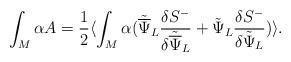
LaTeX: \begin{align*}\int_M \alpha A = {1\over2}\langle\int_M \alpha({\tilde{\overline\Psi}}_L{{\delta{S}^-}\over{\delta{\tilde{\overline\Psi}}_L}} + {\tilde{\Psi}}_L{{\delta{S}^-}\over{\delta{\tilde{\Psi}}_L}})\rangle.\end{align*}